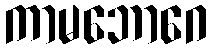
ကာမဘောဂေ